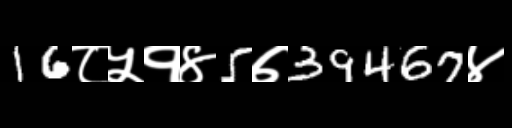
Text: 16८५१४5७39467४